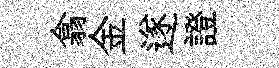
翕金遂證